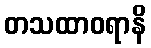
တသထာဝရာနိ